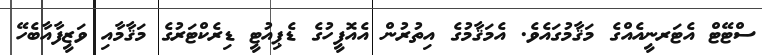
ސްޓޭޓް އެޓަރނީއެއްގެ މަޤާމުގައެވެ. އެމަޤާމުގެ އިތުރުން އެއޮފީހުގެ ޑެޕިއުޓީ ޑިރެކްޓަރުގެ މަޤާމާއި ވަޒީފާއާބެހޭ